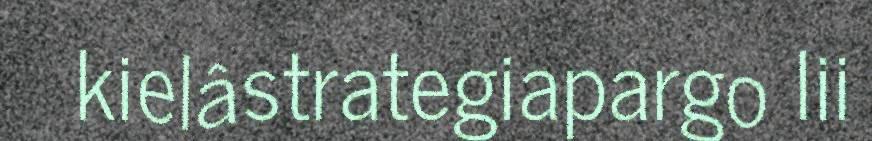
kielâstrategiapargo lii